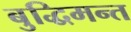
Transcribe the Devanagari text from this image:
बुद्धिमन्त